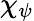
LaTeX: \chi_{\psi}